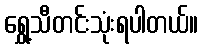
ရွှေ့သီတင်းသုံးရပါတယ်။